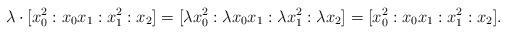
LaTeX: \begin{align*} \lambda\cdot[x_0^2:x_0x_1:x_1^2:x_2] = [\lambda x_0^2:\lambda x_0x_1:\lambda x_1^2:\lambda x_2] = [x_0^2:x_0x_1:x_1^2:x_2]. \end{align*}